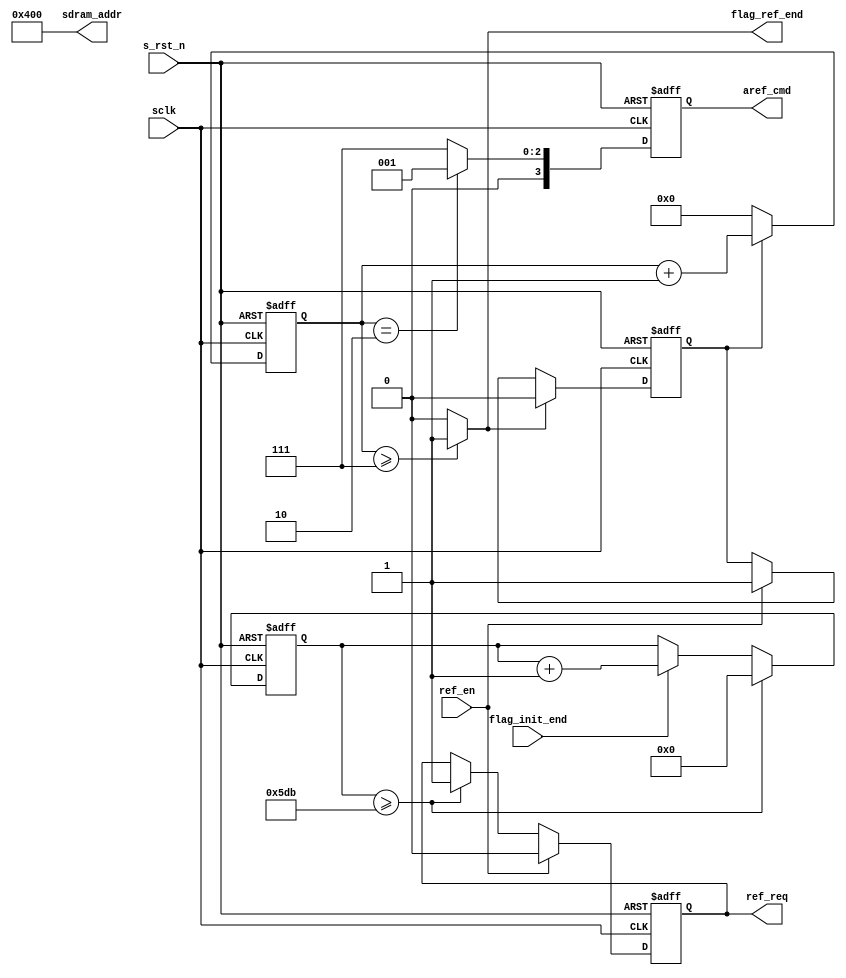
module sdram_ref(
	input				sclk,
	input				s_rst_n,

	input				ref_en,
	input				flag_init_end,
	output reg			ref_req,
	output wire			flag_ref_end,
	output reg [3:0]	aref_cmd,
	output wire [12:0] 	sdram_addr
);
localparam	DELAY_15US = 1499;
localparam	CMD_AREF = 4'b0001;
localparam	CMD_NOP = 4'b0111;
localparam	CMD_PRE = 4'b0010;

reg [3:0] 		cmd_cnt;
reg [10:0]		ref_cnt;
reg				flag_ref;

always @(posedge sclk or negedge s_rst_n) begin
	if(s_rst_n == 1'b0)
		ref_cnt <= 'd0;
	else if(ref_cnt >= DELAY_15US)
		ref_cnt <= 'd0;
	else if(flag_init_end == 1'b1)
		ref_cnt <= ref_cnt + 1'b1;
end	

always @(posedge sclk or negedge s_rst_n) begin
	if(s_rst_n == 1'b0)
		flag_ref <= 1'b0;
	else if(flag_ref_end == 1'b1)
		flag_ref <= 1'b0;
	else if(ref_en == 1'b1)
		flag_ref <= 1'b1;
end

always @(posedge sclk or negedge s_rst_n) begin
	if(s_rst_n == 1'b0)
		cmd_cnt <= 'd0;
	else if(flag_ref == 1'b1)
		cmd_cnt <= cmd_cnt + 1;
	else 
		cmd_cnt <= 'd0;
end

always @(posedge sclk or negedge s_rst_n) begin
	if(s_rst_n == 1'b0)
		aref_cmd <= CMD_NOP;
	else if(cmd_cnt == 'd2)
		aref_cmd <= CMD_AREF;
	else
		aref_cmd <= CMD_NOP;
end	

always @(posedge sclk or negedge s_rst_n) begin
	if(s_rst_n == 1'b0)
		ref_req <= 1'b0;
	else if(ref_en == 1'b1)
		ref_req <= 1'b0;
	else if(ref_cnt >= DELAY_15US)
		ref_req <= 1'b1;
end

assign flag_ref_end = (cmd_cnt >= 'd7) ? 1'b1 : 1'b0;
assign sdram_addr = 13'b0_0100_0000_0000;

endmodule